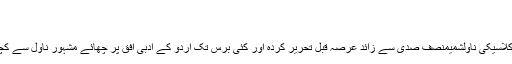
: May 2007
ناول ’شمیم‘ سے کچھ اقتباسات
منشی فیاض علی کا معروف و مقبول کلاسیکی ناولشمیمنصف صدی سے زائد عرصہ قبل تحریر کردہ اور کئی برس تک اردو کے ادبی افق پر چھائے مشہور ناول سے کچھ یادگار ، عمدہ اور پرفکر اقتباسات ۔